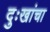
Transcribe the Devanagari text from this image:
दुःखांचा